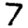
Digit: 7